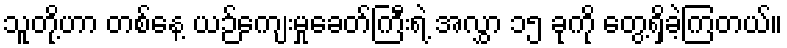
သူတို့ဟာ တစ်နေ့ ယဉ်ကျေးမှုခေတ်ကြီးရဲ့ အလွှာ ၁၅ ခုကို တွေ့ရှိခဲ့ကြတယ်။